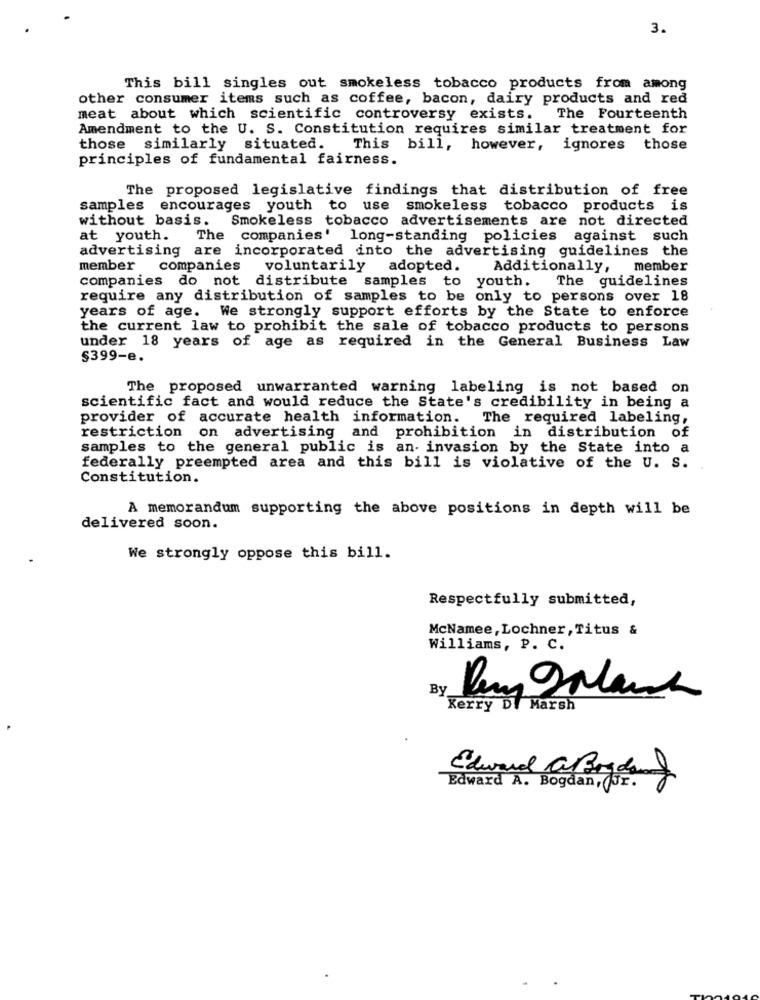
3.
This bill singles out smokeless tobacco products from among
other consumer items such as coffee, bacon, dairy products and red
meat about which scientific controversy exists.
The Fourteenth
Amendment to the U. S. Constitution requires similar treatment for
those
similarly situated. This bill, however, ignores those
principles of fundamental fairness.
The proposed legislative findings that distribution of free
samples encourages youth to use smokeless tobacco products is
without basis.
Smokeless tobacco advertisements are not directed
at youth.
The
companies' long-standing policies against such
advertising are incorporated into the advertising guidelines the
member
companies
voluntarily
adopted.
Additionally, member
companies do not distribute samples to youth.
The guidelines
require any distribution of samples to be only to persons over 18
years of age. We strongly support efforts by the State to enforce
the current law to prohibit the sale of tobacco products to persons
under 18 years of age as required in the General Business Law
$399-e.
The proposed unwarranted warning labeling is not based on
scientific fact and would reduce the State's credibility in being a
provider of accurate health information. The required labeling,
restriction on advertising and prohibition in distribution of
samples to the general public is an- invasion by the State into a
federally preempted area and this bill is violative of the U. S.
Constitution.
A memorandum supporting the above positions in depth will be
delivered soon.
We strongly oppose this bill.
Respectfully submitted,
McNamee, Lochner, Titus &
Williams, P. C.
By
Kerry DI Marsh
Edward a Bogdan
Edward A. Bogdan,(Jr.